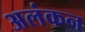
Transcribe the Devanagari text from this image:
अलंकन